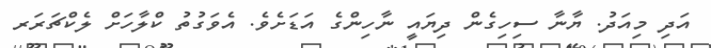
އަދި މިއަދު. ޔާނާ ސިހިގެން ދިޔައީ ނާހިންގެ އަޑަށެވެ. އެވަގުތު ކްލާހަށް ލެކްޗަރަރ